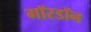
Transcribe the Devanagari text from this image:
गॉरडॉन